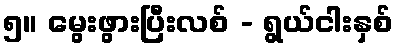
၅။ မွေးဖွားပြီးလစ် - ရွယ်ငါးနှစ်